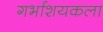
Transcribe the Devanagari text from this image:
गर्भाशयकला